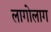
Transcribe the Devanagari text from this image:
लागोलाग